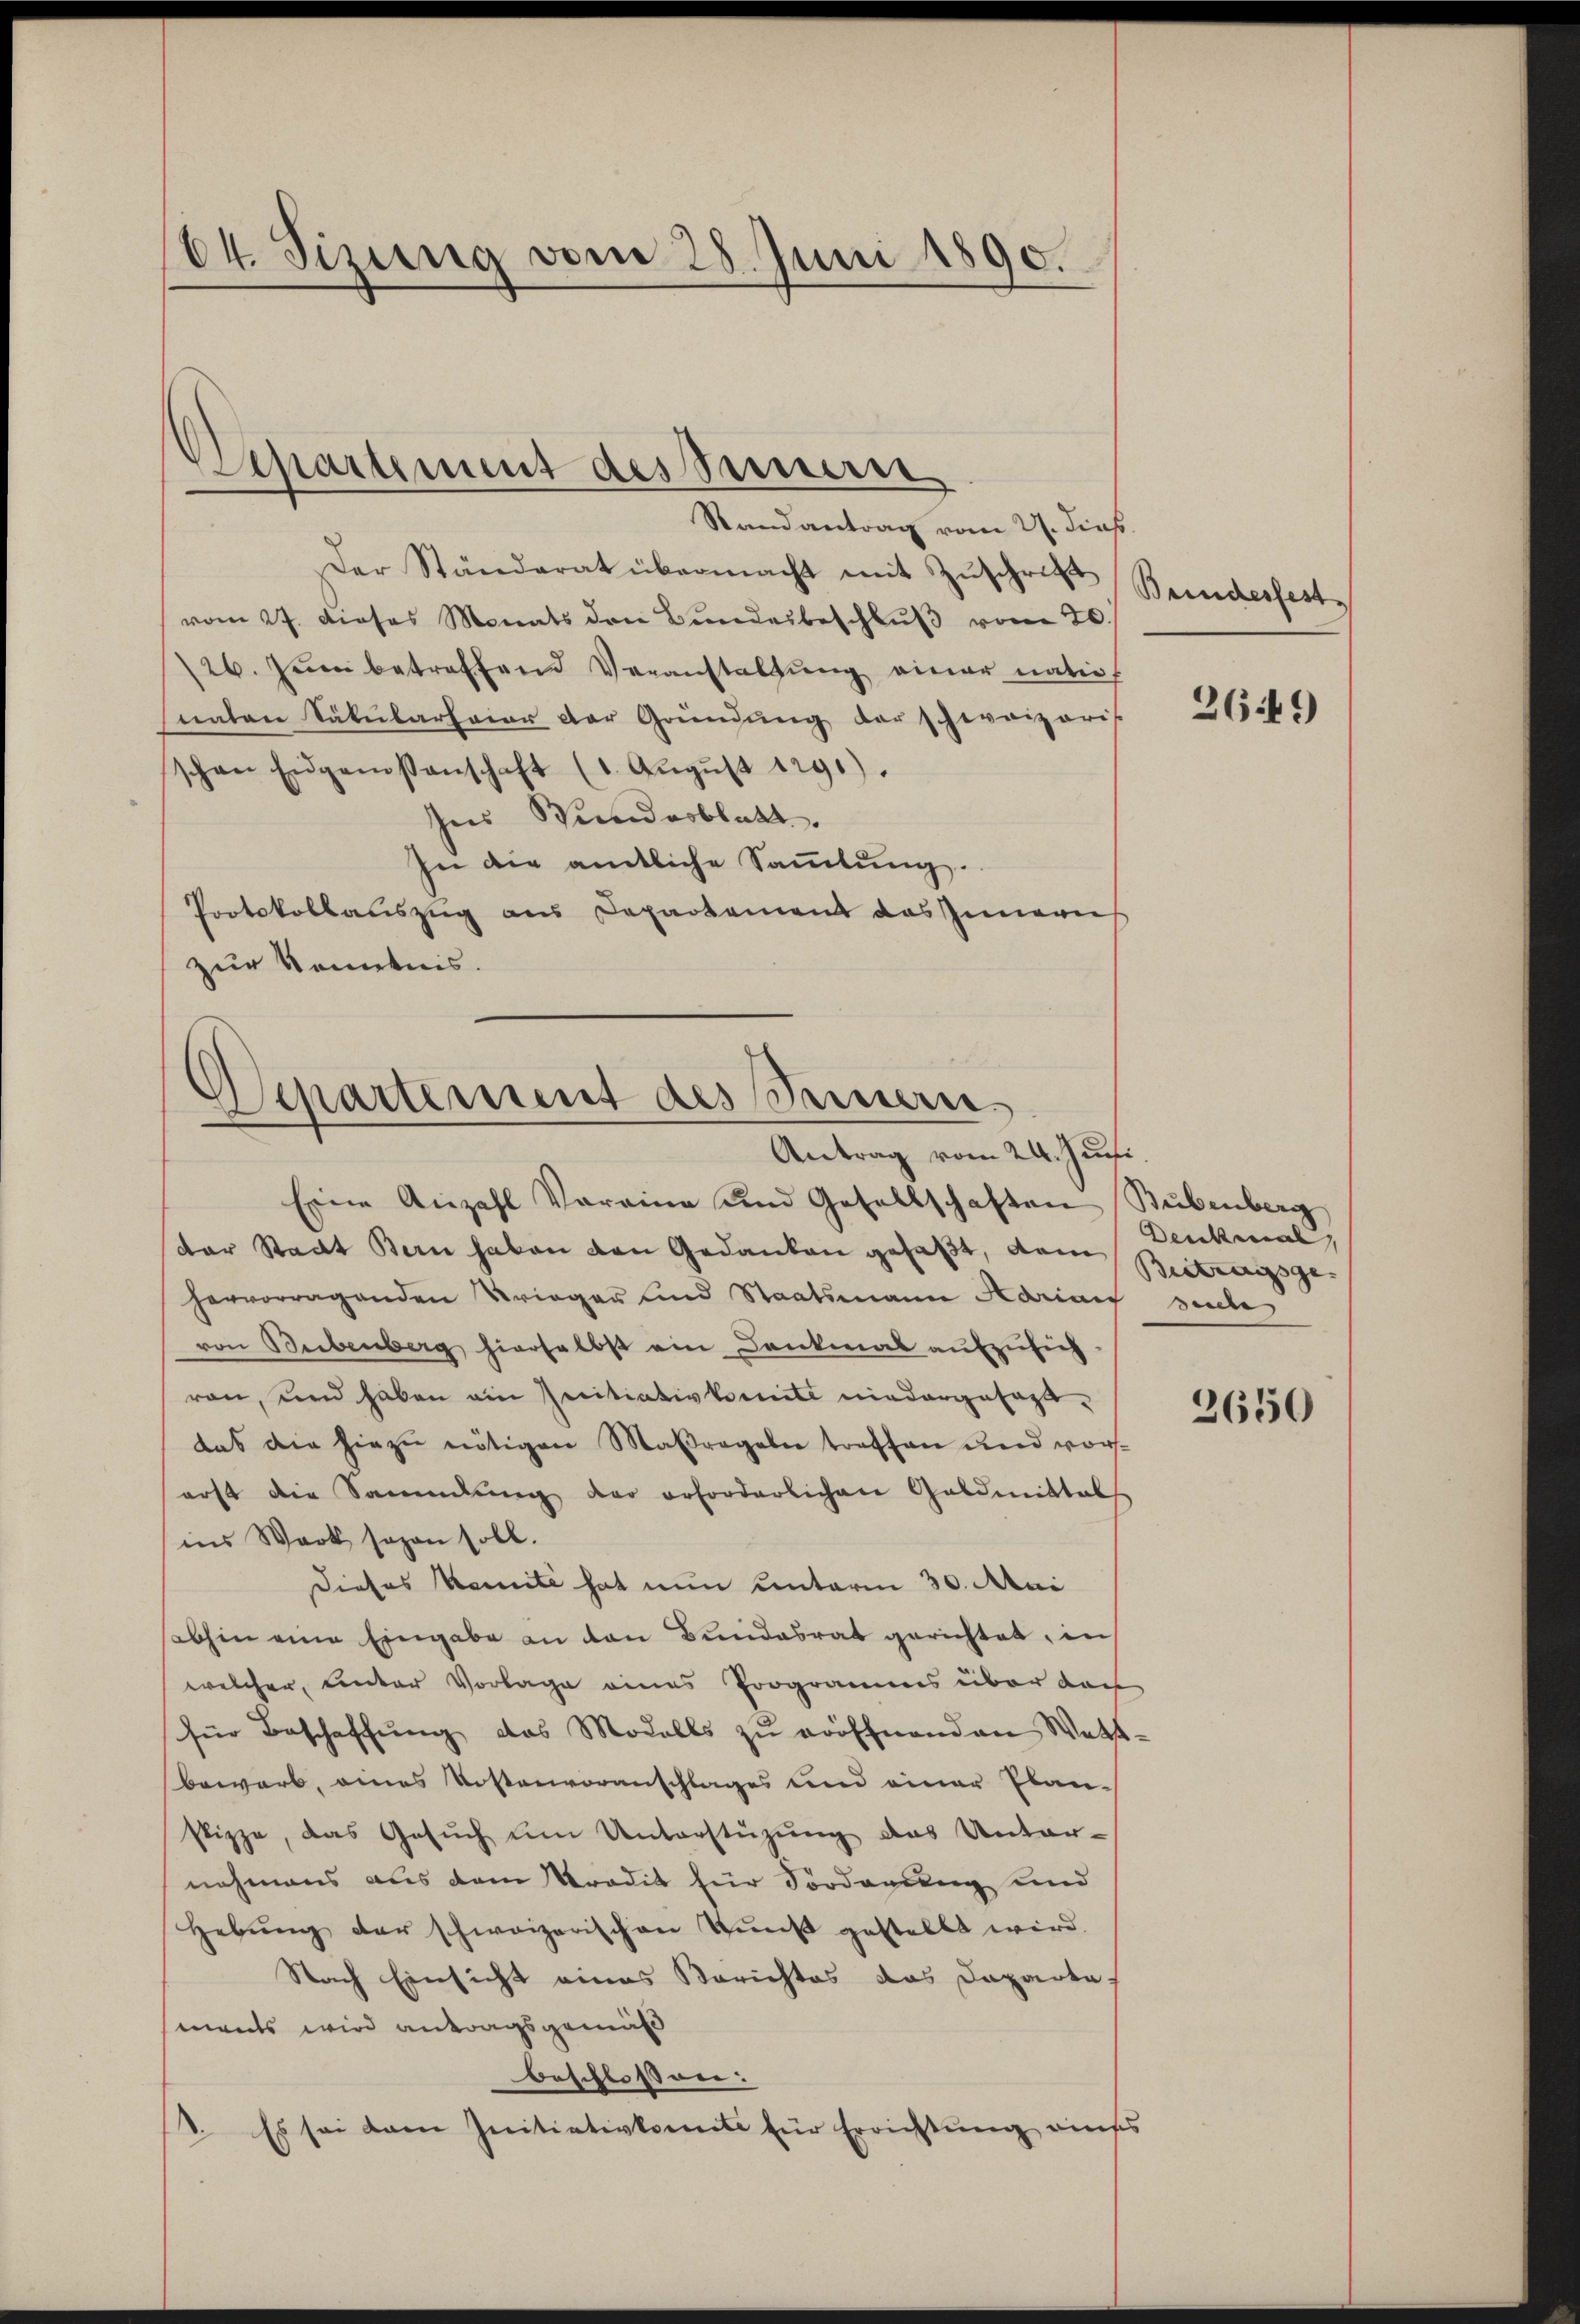
64. Sizung vom 28. Juni 1890.

Randantrag vom 21. dies
Der Ständerat übermacht mit Zuschrift
vom 27. dieses Monats den Bundesbeschlŭβ vom 20.
26. Juni betreffend Veranstaltung einer nation
naten Säkularfeier der Gründŭng der schweizeris
schon Eidgenossenschaft (1. Aŭgŭst 1291).
Ins Bundesblatt.
In die amtliche Sammlung.
Protokollauszug aus Departement das Innern
zur Kenntnis.

Repartement des Sinnern

Separtement des Sammern.
Antrag vom 24. Juni.

Bundesfest

Eine Anzahl Voraine und Gesellschaften Bubenberg
der Stadt Bern haben den Gedanken gefaßt, dem
hervorragenden Krieger und Staatsmann Adrian suche
von Bubenberg hierselbst ein Dankmal aufzusich
ron, und haben ein seitiativkomite niedergesagt,
das die hiezu nötigen Maßregeln treffen und vorerst die Sammlung der erforderlichen Geldmittals
ins Werk sagen soll.
Dieses Kennte hat nun unterm 30. Mai
sabhin eine Eingabe an den Bundesrat gerichtet, in
welcher, Unter Vorlage eines Programms über doch
für Beschaffŭng das Modalls zŭ eröffnenden Watt-
bewarb, eines Kostenvoranschlages und einer Planstizze, das Gesŭch ŭm Unterstüzung das Unter-
nehmens aus dem Predit für Sorderung und
Hebŭng der schweizerischen Tŭnft gestellt wird.
Nach Einsicht eines Berichtes das Daparta
ments wird antragsgemäß
beschlossen:
1. Es sei dem Initiativkomite für Errichtung auss

2649

Denkmal,
Beitragsge- |

2650